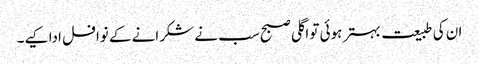
ان کی طبیعت بہتر ہوئی تو اگلی صبح سب نے شکرانے کے نوافل ادا کیے۔